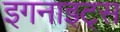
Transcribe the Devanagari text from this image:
इगनाइट्स